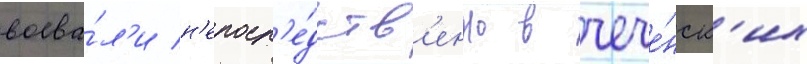
воева́л'и н'епоср'е́дств'енно в чече́нск'их